Vaccination United Provinces of Agra and Oudh 1902-1913 - 1902-1913
Year: 1902
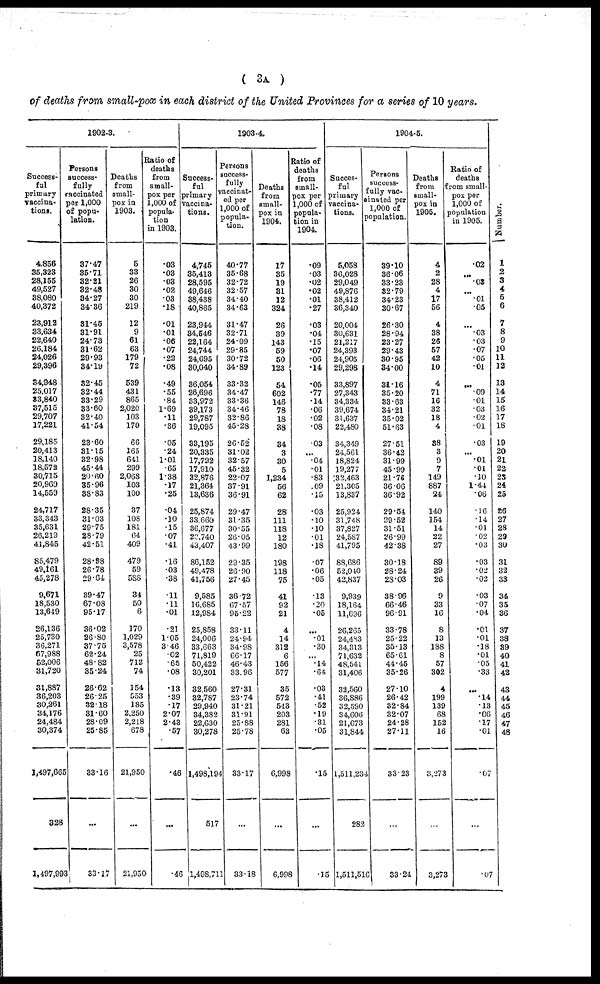
( 3A )
of deaths from small-pox in each district of the United Provinces for a series of 10 years.
1902-3.
Success-
ful
primary
vaccina-
tions.
4,856
35,323
28,155
49,527
38,080
40,372
23,912
33,634
22,640
26,184
24,026
29,396
34,948
25,017
33,840
37,515
29,707
17,221
29,185
20,413
18,140
18,572
30,715
20,969
14,559
24,717
33,343
35,631
26,219
41,845
85,479
49,161
45,278
9,671
18,530
13,649
26,136
25,730
36,271
67,988
52,006
31,720
31,887
36,203
30,261
34,176
24,484
30,374
1,497,665
328
1,497,993
Persons
success-
fully
vaccinated
per 1,000
of popu-
lation.
37.47
35.71
32.21
82.48
34.27
34.36
31.45
31.91
24.73
31.62
29.93
34.19
32.45
32.44
33.29
33.60
32.40
41.54
23.60
31.15
32.98
45.44
20.60
35.96
38.83
28.35
31.03
29.75
28.79
42.51
28.98
26.78
29.64
39.47
67.08
95.17
36.02
26.80
37.75
62.24
48.82
35.24
26.62
26.25
32.18
31.60
28.09
25.85
33.16
...
33.17
Deaths
from
small-
pox in
1903.
5
33
26
30
30
219
12
9
61
63
179
72
539
431
865
2,020
103
170
66
165
641
299
2,068
103
100
37
108
181
64
409
479
59
588
34
50
6
170
1,029
3,578
25
712
74
154
553
185
2,250
2,218
678
21,950
...
21,950
Ratio of
deaths
from
small-
pox per
1,000 of
popula-
tion
in 1903.
.03
.03
.03
.02
.03
.18
.01
.01
.06
.07
.22
.08
.49
.55
.84
1.69
.11
.36
.05
.24
1.01
.65
1.38
.17
.25
.04
.10
.15
.07
.41
.16
03
.38
.11
.11
.01
.21
1.05
3.46
.02
.65
.08
.13
.39
.17
2.07
2.43
.57
.46
...
.46
1903-4.
Success-
ful
primary
vaccina-
tions.
4,745
35,413
28,595
49,646
38,438
40,865
23,944
34,546
22,164
24,744
24,695
30,040
36,054
26,696
33,972
39,173
29,787
19,095
33,195
20,335
17,722
17,910
32,876
21,364
13,636
25,874
33,660
36,677
23,740
43,407
86,152
49,478
41,756
9,585
16,685
12,984
25,858
24,006
33,663
71,819
50,422
30,201
32,560
32,787
29,940
34,382
22,630
30,278
1,498,194
517
1,498,711
Persons
success-
fully
vaccinat-
ed per
1,000 of
popula-
tion.
40.77
35.68
32.72
32.57
34.40
34.63
31.47
32.71
24.09
29.85
30.72
34.89
33.32
34.47
33.36
34.46
32.86
45.28
26.52
31.02
32.57
45.32
22.07
37.91
36.91
29.47
31.35
30.55
26.05
43.99
29.35
26.90
27.45
36.72
67.57
95.22
33.11
24.94
34.98
66.17
46.43
33.96
27.31
23.74
31.21
31.91
25.88
25.78
33.17
...
33.18
Deaths
from
Small-
pox in
1904.
17
35
19
31
12
324
26
39
143
59
50
123
54
602
146
78
18
38
34
3
30
5
1,234
56
62
28
111
118
12
180
198
118
75
41
92
21
4
14
312
6
156
577
35
572
543
203
281
63
6,998
...
6,998
Ratio of
deaths
from
small-
pox per
1,000 of
popula-
tion in
1904.
.09
.03
.02
.02
.01
.27
.03
.04
.15
.07
.06
.14
.05
.77
.14
.06
.02
.08
.03
...
.04
.01
.83
.09
.15
.03
.10
.10
.01
.18
.07
.06
.05
.13
.20
.05
...
.01
.30
...
.14
.64
.03
.41
.52
.19
.31
.05
.15
...
.15
1904-5.
Succes-
ful
primary
vaccina-
tions.
5,058
36,028
29,049
49,876
38,412
36,340
20,004
30,631
21,217
24,393
24,905
29,298
33,897
27,343
34,334
39,674
31,637
22,480
34,349
24,561
18,824
19,277
132,463
21,305
13,837
25,924
31,748
37,827
24,587
41,795
88,686
52,040
42,837
9,939
18,164
11,696
26,265
24,483
34,313
71,632
48,541
31,406
32,560
36,886
32,590
34,606
21,673
31,844
1,511,234
282
1,511,516
persons
success-
fully vac-
---ated per
1,000 of
population.
39.10
36.06
33.23
32.79
34.23
30.67
26.30
28.94
23.27
29.43
30.95
34.00
31.16
35.20
33.63
34.21
35.02
51.63
27.51
36.42
31.99
45.99
21.76
36.06
36.92
29.54
29.52
31.51
26.99
42.38
30.18
28.24
28.03
38.96
66.46
96.91
33.78
25.22
35.13
65.61
44.45
35.26
27.10
26.42
32.84
32.07
24.28
27.11
33.23
...
33.24
Deaths
from
small-
pox in
1905.
4
2
28
4
17
56
4
38
26
57
42
10
4
71
16
32
18
4
38
3
9
7
149
887
24
140
154
14
22
27
89
39
26
9
33
16
8
13
188
8
57
302
4
199
139
68
152
16
3,273
...
3,273
Ratio of
deaths
from small-
pox per
1,000 of
population
in 1905.
.02
...
.02
...
.01
05
...
.03
.03
.07
.05
.01
...
.09
.01
.03
.02
.01
.03
...
.01
.01
.10
1.44
.06
.16
.14
.01
.02
.03
.03
.02
.02
.03
.07
.04
.01
.01
.18
.01
.05
.33
...
.14
.13
.06
.17
.01
.07
...
.07
Number.
1
2
3
4
5
6
7
8
9
10
11
12
13
14
15
16
17
18
19
20
21
22
23
24
25
26
27
28
29
30
31
32
33
34
35
36
37
38
39
40
41
42
43
44
45
46
47
48